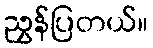
ညွှန်ပြတယ်။